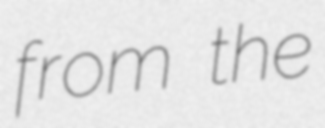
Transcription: from the